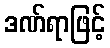
ဒဏ်ရာဖြင့်